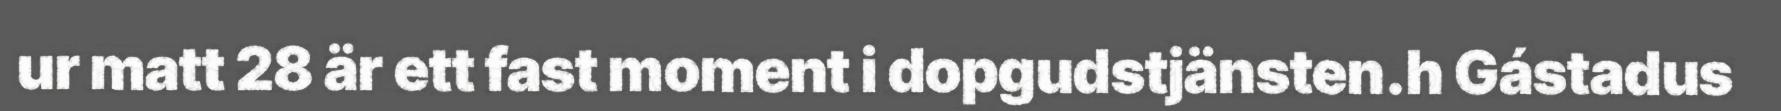
ur matt 28 är ett fast moment i dopgudstjänsten.h Gástadus